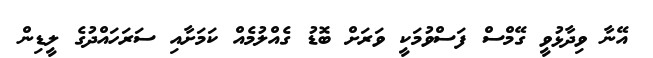
އޭނާ ވިދާޅުވީ ގޭމްސް ފަސްވުމަކީ ވަރަށް ބޮޑު ގެއްލުމެއް ކަމަށާއި ސަރަހައްދުގެ ލީޑިން